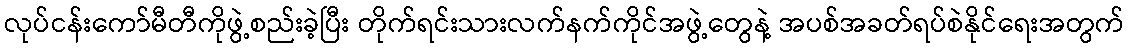
လုပ်ငန်းကော်မီတီကိုဖွဲ့စည်းခဲ့ပြီး တိုက်ရင်းသားလက်နက်ကိုင်အဖွဲ့တွေနဲ့ အပစ်အခတ်ရပ်စဲနိုင်ရေးအတွက်